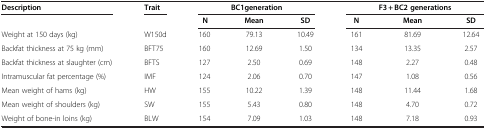
<table><thead><tr><td><b>Description</b></td><td><b>Trait</b></td><td colspan="3"><b>BC1generation</b></td><td colspan="3"><b>F3 + BC2 generations</b></td></tr></thead><tbody><tr><td> </td><td> </td><td><b>N</b></td><td><b>Mean</b></td><td><b>SD</b></td><td><b>N</b></td><td><b>Mean</b></td><td><b>SD</b></td></tr><tr><td>Weight at 150 days (kg)</td><td>W150d</td><td>160</td><td>79.13</td><td>10.49</td><td>161</td><td>81.69</td><td>12.64</td></tr><tr><td>Backfat thickness at 75 kg (mm)</td><td>BFT75</td><td>160</td><td>12.69</td><td>1.50</td><td>134</td><td>13.35</td><td>2.57</td></tr><tr><td>Backfat thickness at slaughter (cm)</td><td>BFTS</td><td>127</td><td>2.50</td><td>0.69</td><td>148</td><td>2.27</td><td>0.48</td></tr><tr><td>Intramuscular fat percentage (%)</td><td>IMF</td><td>124</td><td>2.06</td><td>0.70</td><td>147</td><td>1.08</td><td>0.56</td></tr><tr><td>Mean weight of hams (kg)</td><td>HW</td><td>155</td><td>10.22</td><td>1.39</td><td>148</td><td>11.44</td><td>1.68</td></tr><tr><td>Mean weight of shoulders (kg)</td><td>SW</td><td>155</td><td>5.43</td><td>0.80</td><td>148</td><td>4.70</td><td>0.72</td></tr><tr><td>Weight of bone-in loins (kg)</td><td>BLW</td><td>154</td><td>7.09</td><td>1.03</td><td>148</td><td>7.18</td><td>0.93</td></tr></tbody></table>